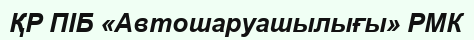
ҚР ПІБ «Автошаруашылығы» РМК